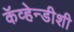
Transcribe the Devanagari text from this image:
कॅव्हेन्डीशी